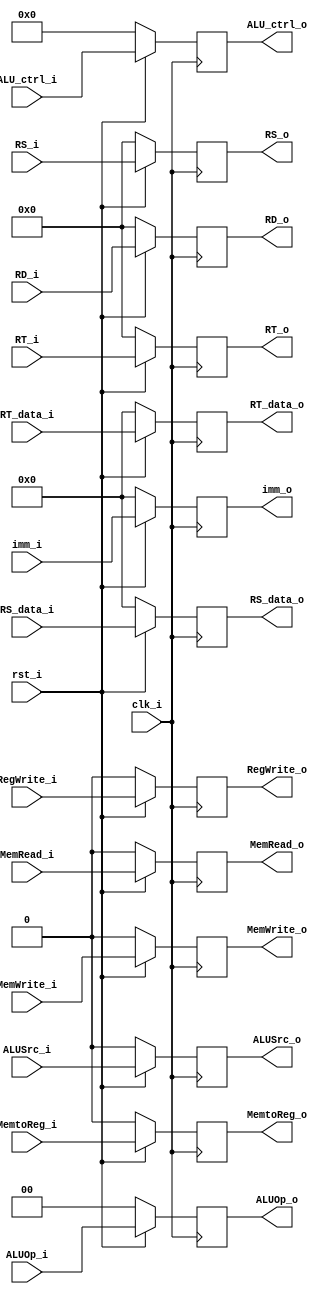
/***************************************************
Student Name:  
Student ID: 0716080 0716203
***************************************************/

`timescale 1ns/1ps

module ID_EX(
    input clk_i,
	input rst_i,
	input ALUSrc_i,
	input MemtoReg_i,
	input RegWrite_i,
	input MemRead_i,
	input MemWrite_i,
	input [1:0]	ALUOp_i,
	input [31:0] RS_data_i,
	input [31:0] RT_data_i,
	input [31:0] imm_i,
	input [3:0] ALU_ctrl_i,
	input [4:0] RS_i,
	input [4:0] RT_i,
	input [4:0] RD_i,
	output reg ALUSrc_o,
	output reg MemtoReg_o,
	output reg RegWrite_o,
	output reg MemRead_o,
	output reg MemWrite_o,
	output reg [1:0] ALUOp_o,
	output reg [31:0] RS_data_o,
	output reg [31:0] RT_data_o,
	output reg [31:0] imm_o,
	output reg [3:0] ALU_ctrl_o,
	output reg [4:0] RS_o,
	output reg [4:0] RT_o,
	output reg [4:0] RD_o
	);
    
/* Write your code HERE */

always @(posedge clk_i) begin
    if(~rst_i)
		begin
	    ALUSrc_o <= 0;
		MemtoReg_o <= 0;
		RegWrite_o <= 0;
		MemRead_o <= 0;
		MemWrite_o <= 0;
		ALUOp_o <= 0;
		RS_data_o <= 0;
		RT_data_o <= 0;
		imm_o <= 0;
		ALU_ctrl_o <= 0;
		RS_o <= 0;
		RT_o <= 0;
		RD_o <= 0;
		end
	else
	    begin
		ALUSrc_o <= ALUSrc_i;
		MemtoReg_o <= MemtoReg_i;
		RegWrite_o <= RegWrite_i;
		MemRead_o <= MemRead_i;
		MemWrite_o <= MemWrite_i;
		ALUOp_o <= ALUOp_i;
		RS_data_o <= RS_data_i;
		RT_data_o <= RT_data_i;
		imm_o <= imm_i;
		ALU_ctrl_o <= ALU_ctrl_i;
		RS_o <= RS_i;
		RT_o <= RT_i;
		RD_o <= RD_i;
		end
end

endmodule